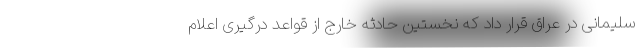
سلیمانی در عراق قرار داد که نخستین حادثه خارج از قواعد درگیری اعلام